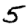
Digit: 5